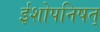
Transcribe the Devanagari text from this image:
ईशोपनिषत्